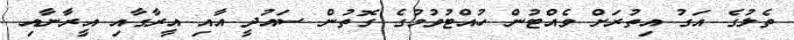
ތެލުގެ އަގު އިތުރަށް ވެއްޓުން ހުއްޓުވުމުގެ ގޮތުން ސައުދީ އާއި އީރާގާއި އީރާނާއި